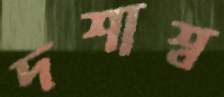
দশাশ্ব